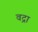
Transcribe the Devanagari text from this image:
वद्रा